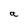
Character: a